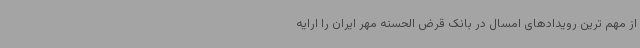
از مهم ترین رویدادهای امسال در بانک قرض الحسنه مهر ایران را ارایه